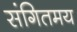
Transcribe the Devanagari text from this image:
संगितमय